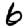
Digit: 6